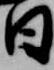
日